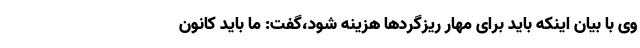
وی با بیان اینکه باید برای مهار ریزگردها هزینه شود،گفت: ما باید کانون